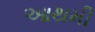
આથમી